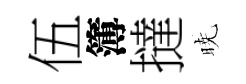
伍簿撻暁